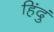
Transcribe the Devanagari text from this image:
हिंदुं